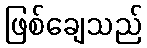
ဖြစ်ချေသည်